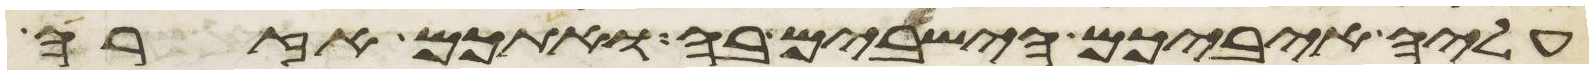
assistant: עליה איביכם הישבים בה ואתכם אזרה